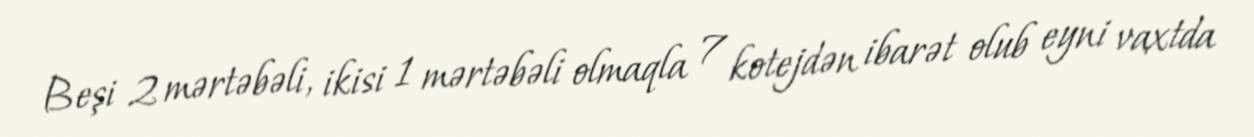
Beşi 2 mərtəbəli, ikisi 1 mərtəbəli olmaqla 7 kotejdən ibarət olub eyni vaxtda